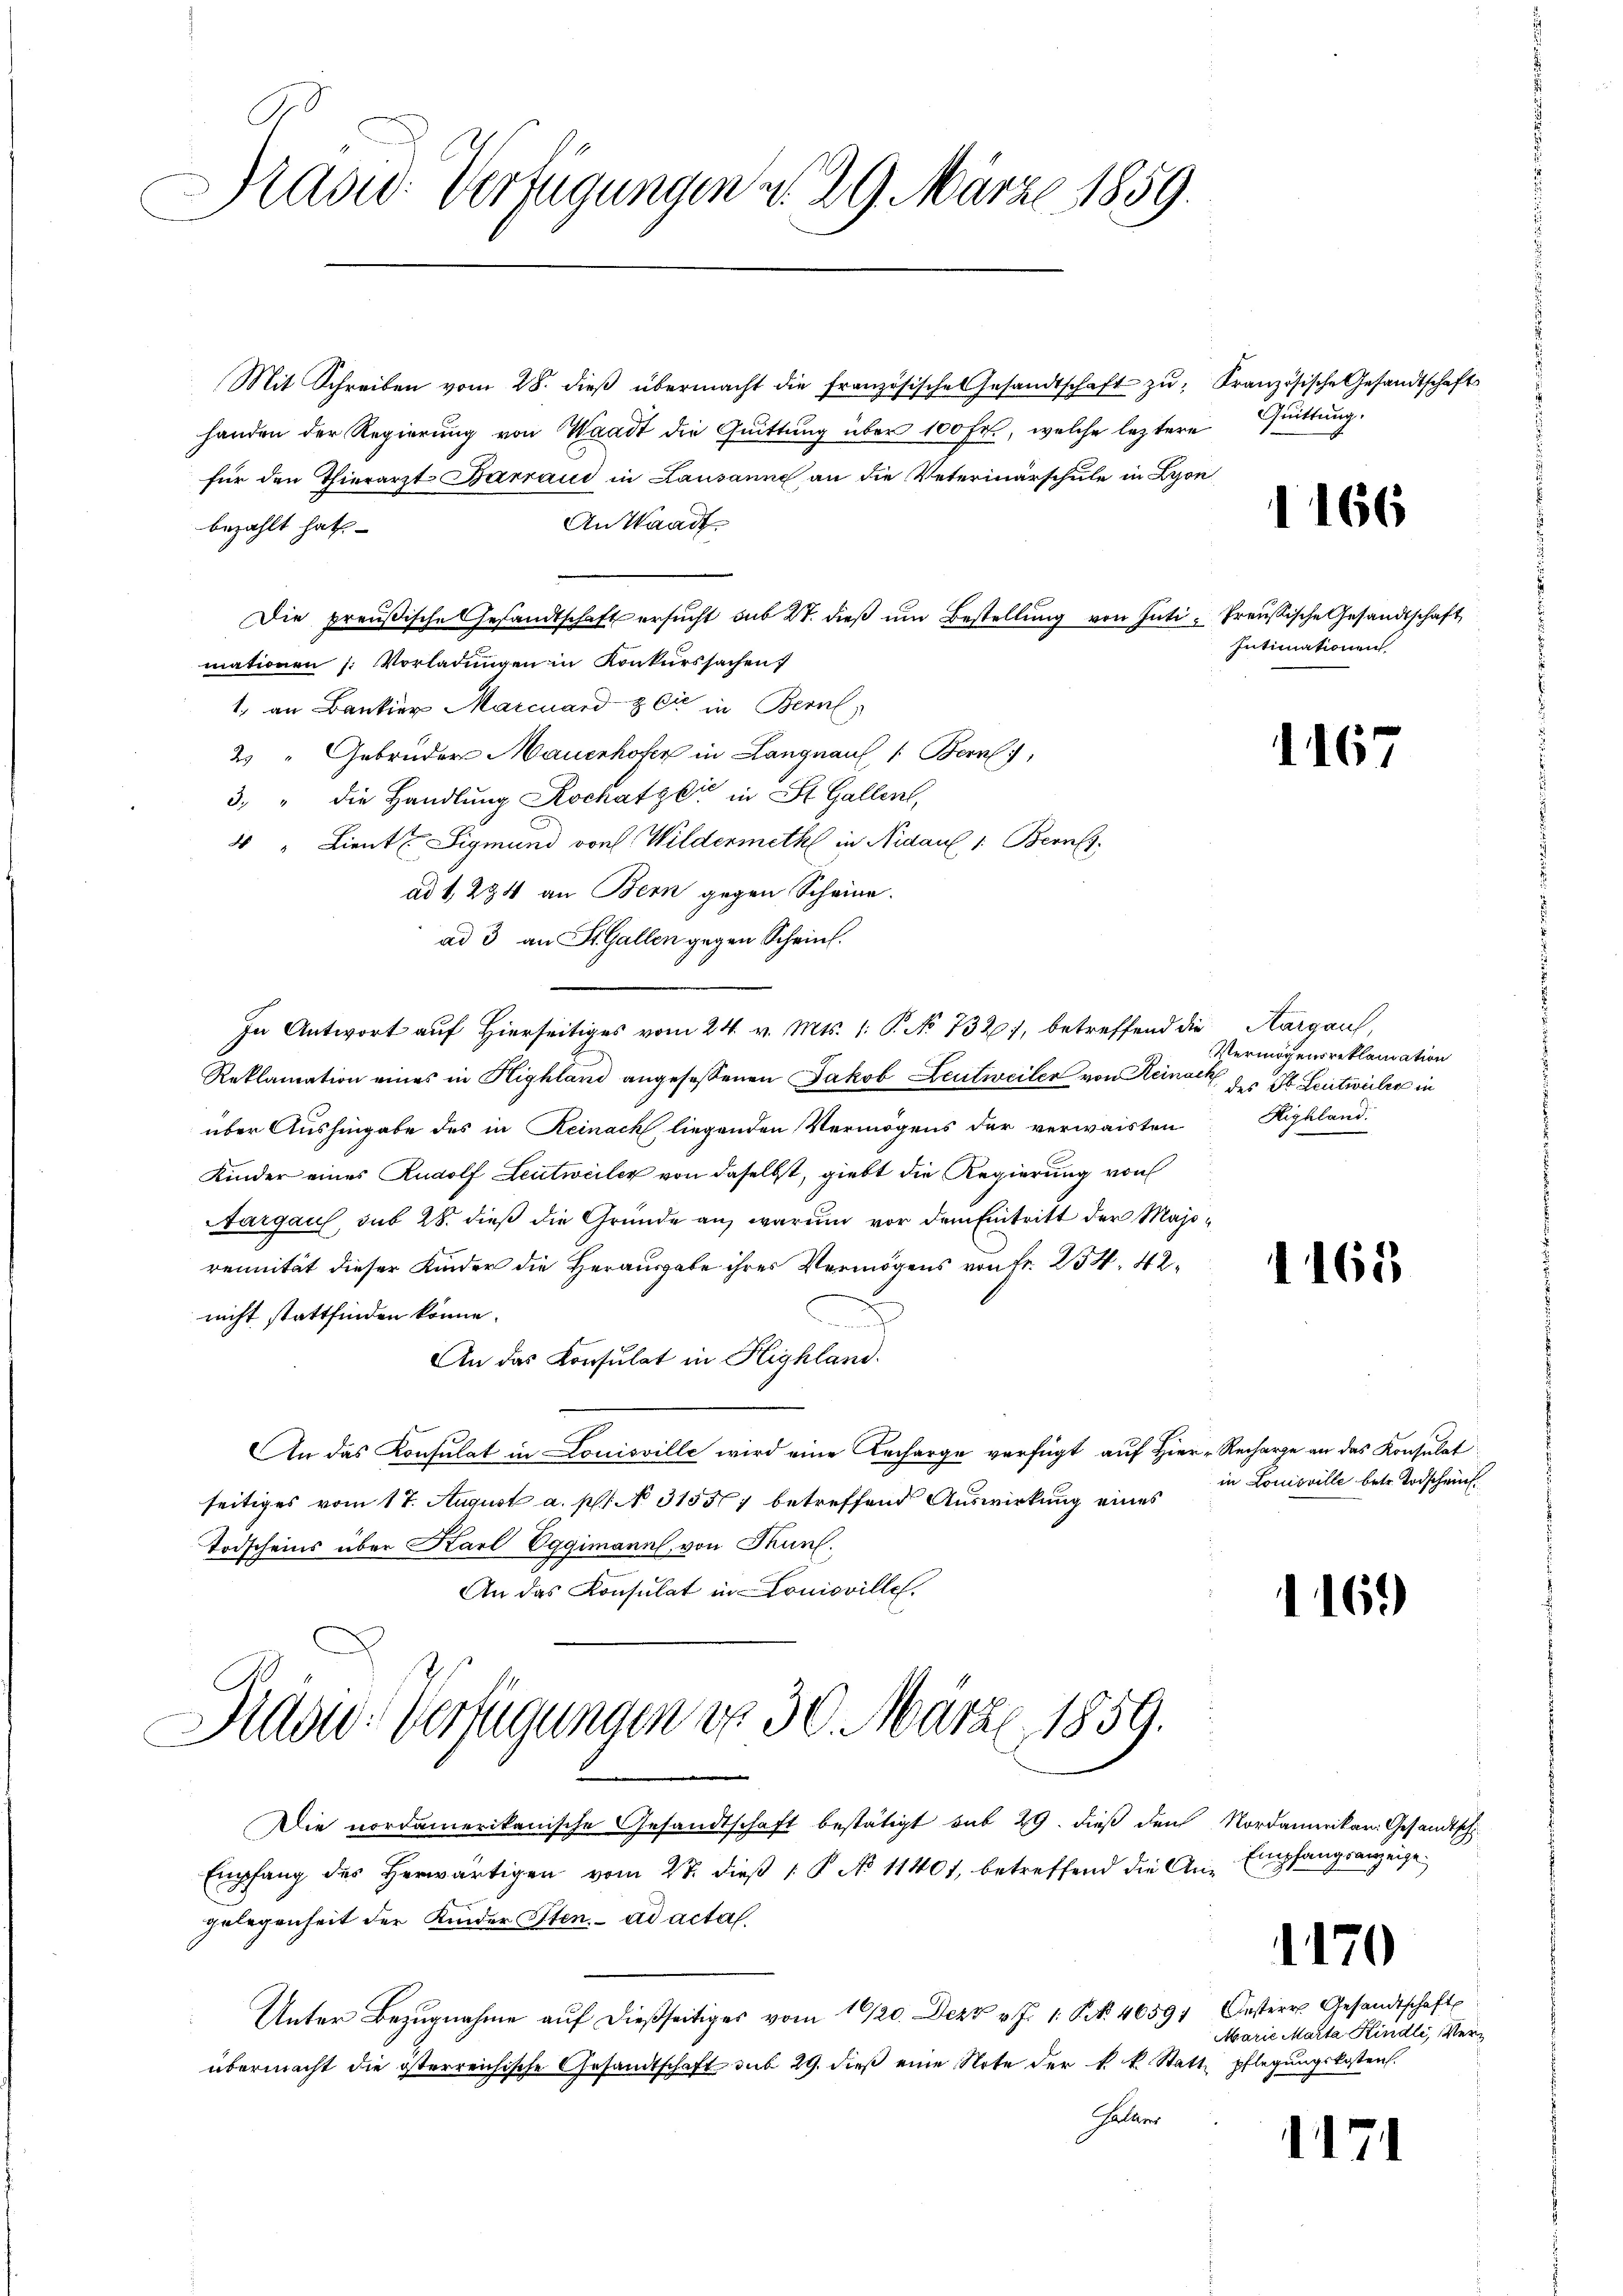
Mad: Verfügungen v. 29. März 1859.
n

Mit Schreiben vom 28. dieβ übermacht die französische Gesandtschaft zŭ Französische Gesandtschafts
handen der Regierung von Waadt die Quittung über 100 Fr., welche leztere
für den Thierarzt Barraud in Lausanne an die Veterinärschule in Lyon
An Waadt
bezahlt hat.
Die preußische Gesandtschaft ersŭcht sub 27. dieβ ŭm Bestellung von Inti- Preußische Gesandtschaft
mationen (: Vorladungen in Konkurssachen
1. an Bankier Marcuard & Cie in Bern
2) " Gebrüder Mauerhofer in Langnau, 1: Bern,
3. " die Handlŭng Rochatzbić in St. Gallent,
4 " Lieut. Sigmund von Wildermeth in Nidau 1. Berne
ad 1, 284 an Bern gegen Scheine.
ad 3 an St. Gallen gegen Scheint.
In Antwort auf Hierseitiges vom 24. v. Mts. 1: P. No 7327, betreffend die Aargau,
Reklamation eines in Highland angesessenen Jakob Leutweiler von Reinack des St. Leitweiler in
über Aushingabe des in Reinach liegenden Vermögens der verwaisten Highland
Kinder eines Rudolf Leitweiler von daselbst, giebt die Regierung von
Aargaus, sub 28. dieß die Gründe an, warum vor dem Eintritt der Majorennität dieser Kinder die Herausgabe ihres Vermögens von Fr. 254, 42
nicht stattfinden könne.
An das Consulat in Highland.
An das Konsulat in Louisville wird eine Lecharge verfügt auf Hier- Recharge an das Konsulat
seitiges vom 17. August a. p. N. 31557 betreffend Auswirkung eines
Todscheins über Karl Eggimann, von Thun.
An das Konsulat in Louisville.
Silow: Verfügungen do 30. März 1859.
Die nordamerikanische Gesandtschaft bestätigt sub 29. dieß den Nordamerikan. Gesandtsch
Empfang des herwärtigen vom 27. dieβ 1. P. No 11401, betreffend die An-Empfangsanzeige
gelegenheit der Kinder Sten. ad actal.
Unter Bezŭgnahme aŭf dießseitiges vom 16/20. Dez. v. J. 1. Fr. 46591 Oester Gesandtschaft
übermacht die isterreichische Gesandtschaft aus 29. dieβ eine Note der k. k. Statt pflegungskosten.
Hallens

Quittung.

1166

Intimationen

Vermögensreklamation

1167

1165

in Louisville betr. Todscheint.

169

1170

Marie Marta Kindli, Verz

.

s

i